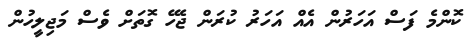
ކޮންމެ ފަސް އަހަރުން އެއް އަހަރު ކުރަން ޖެހޭ ގޮތަށް ވެސް މަޖިލީހުން